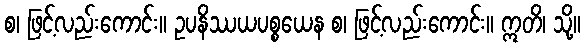
စ၊ ဖြင့်လည်းကောင်း။ ဥပနိဿယပစ္စယေန စ၊ ဖြင့်လည်းကောင်း။ ဣတိ၊ သို့။